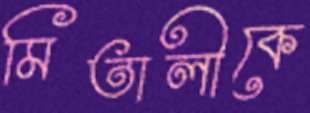
মিতালীকে